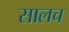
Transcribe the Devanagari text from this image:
सालच